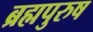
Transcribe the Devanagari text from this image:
ब्रह्मपुरुष